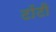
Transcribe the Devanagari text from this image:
टॉटी